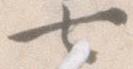
七